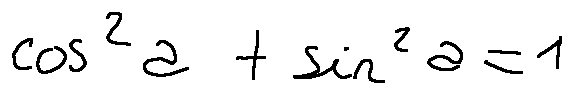
\cos ^ { 2 } a + \sin ^ { 2 } a = 1